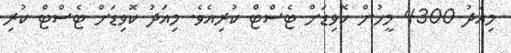
މިއަދު 4300 މީހުން ކޮވިޑަށް ޓެސްޓް ކުރިއެވެ. މިއަދު ކޮވިޑަށް ޓެސްޓް ކުރި